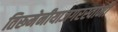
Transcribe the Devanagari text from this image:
तिरूमेनीयाजगरस्वामी